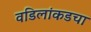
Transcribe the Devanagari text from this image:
वडिलांकडचा